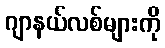
ဂျာနယ်လစ်များကို